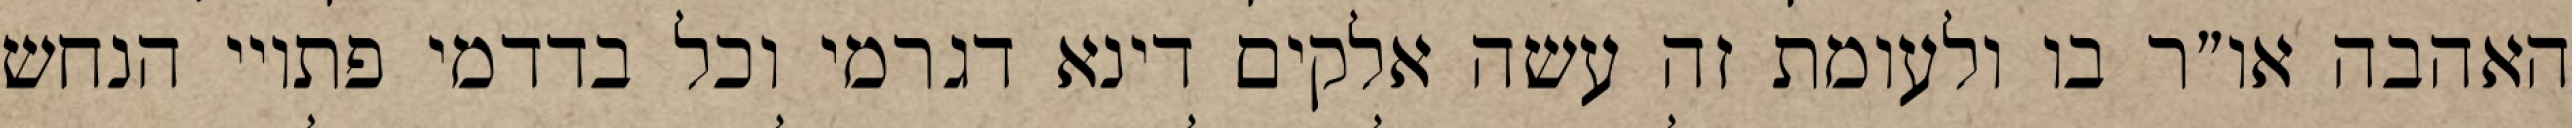
האהבה או״ר בו ולעומת זה עשה אלקים דינא דגרמי וכל בדדמי פתויי הנחש